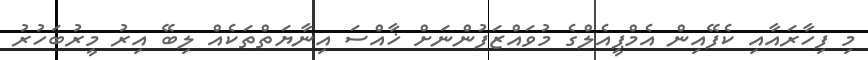
މި ފިހާރައާއި ކެފޭއިން އެމްޕީއެލްގެ މުވައްޒަފުންނަށް ޚާއްސަ އިނާޔަތްތަކެއް ލިބޭ އިރު މީރުބަހުރު